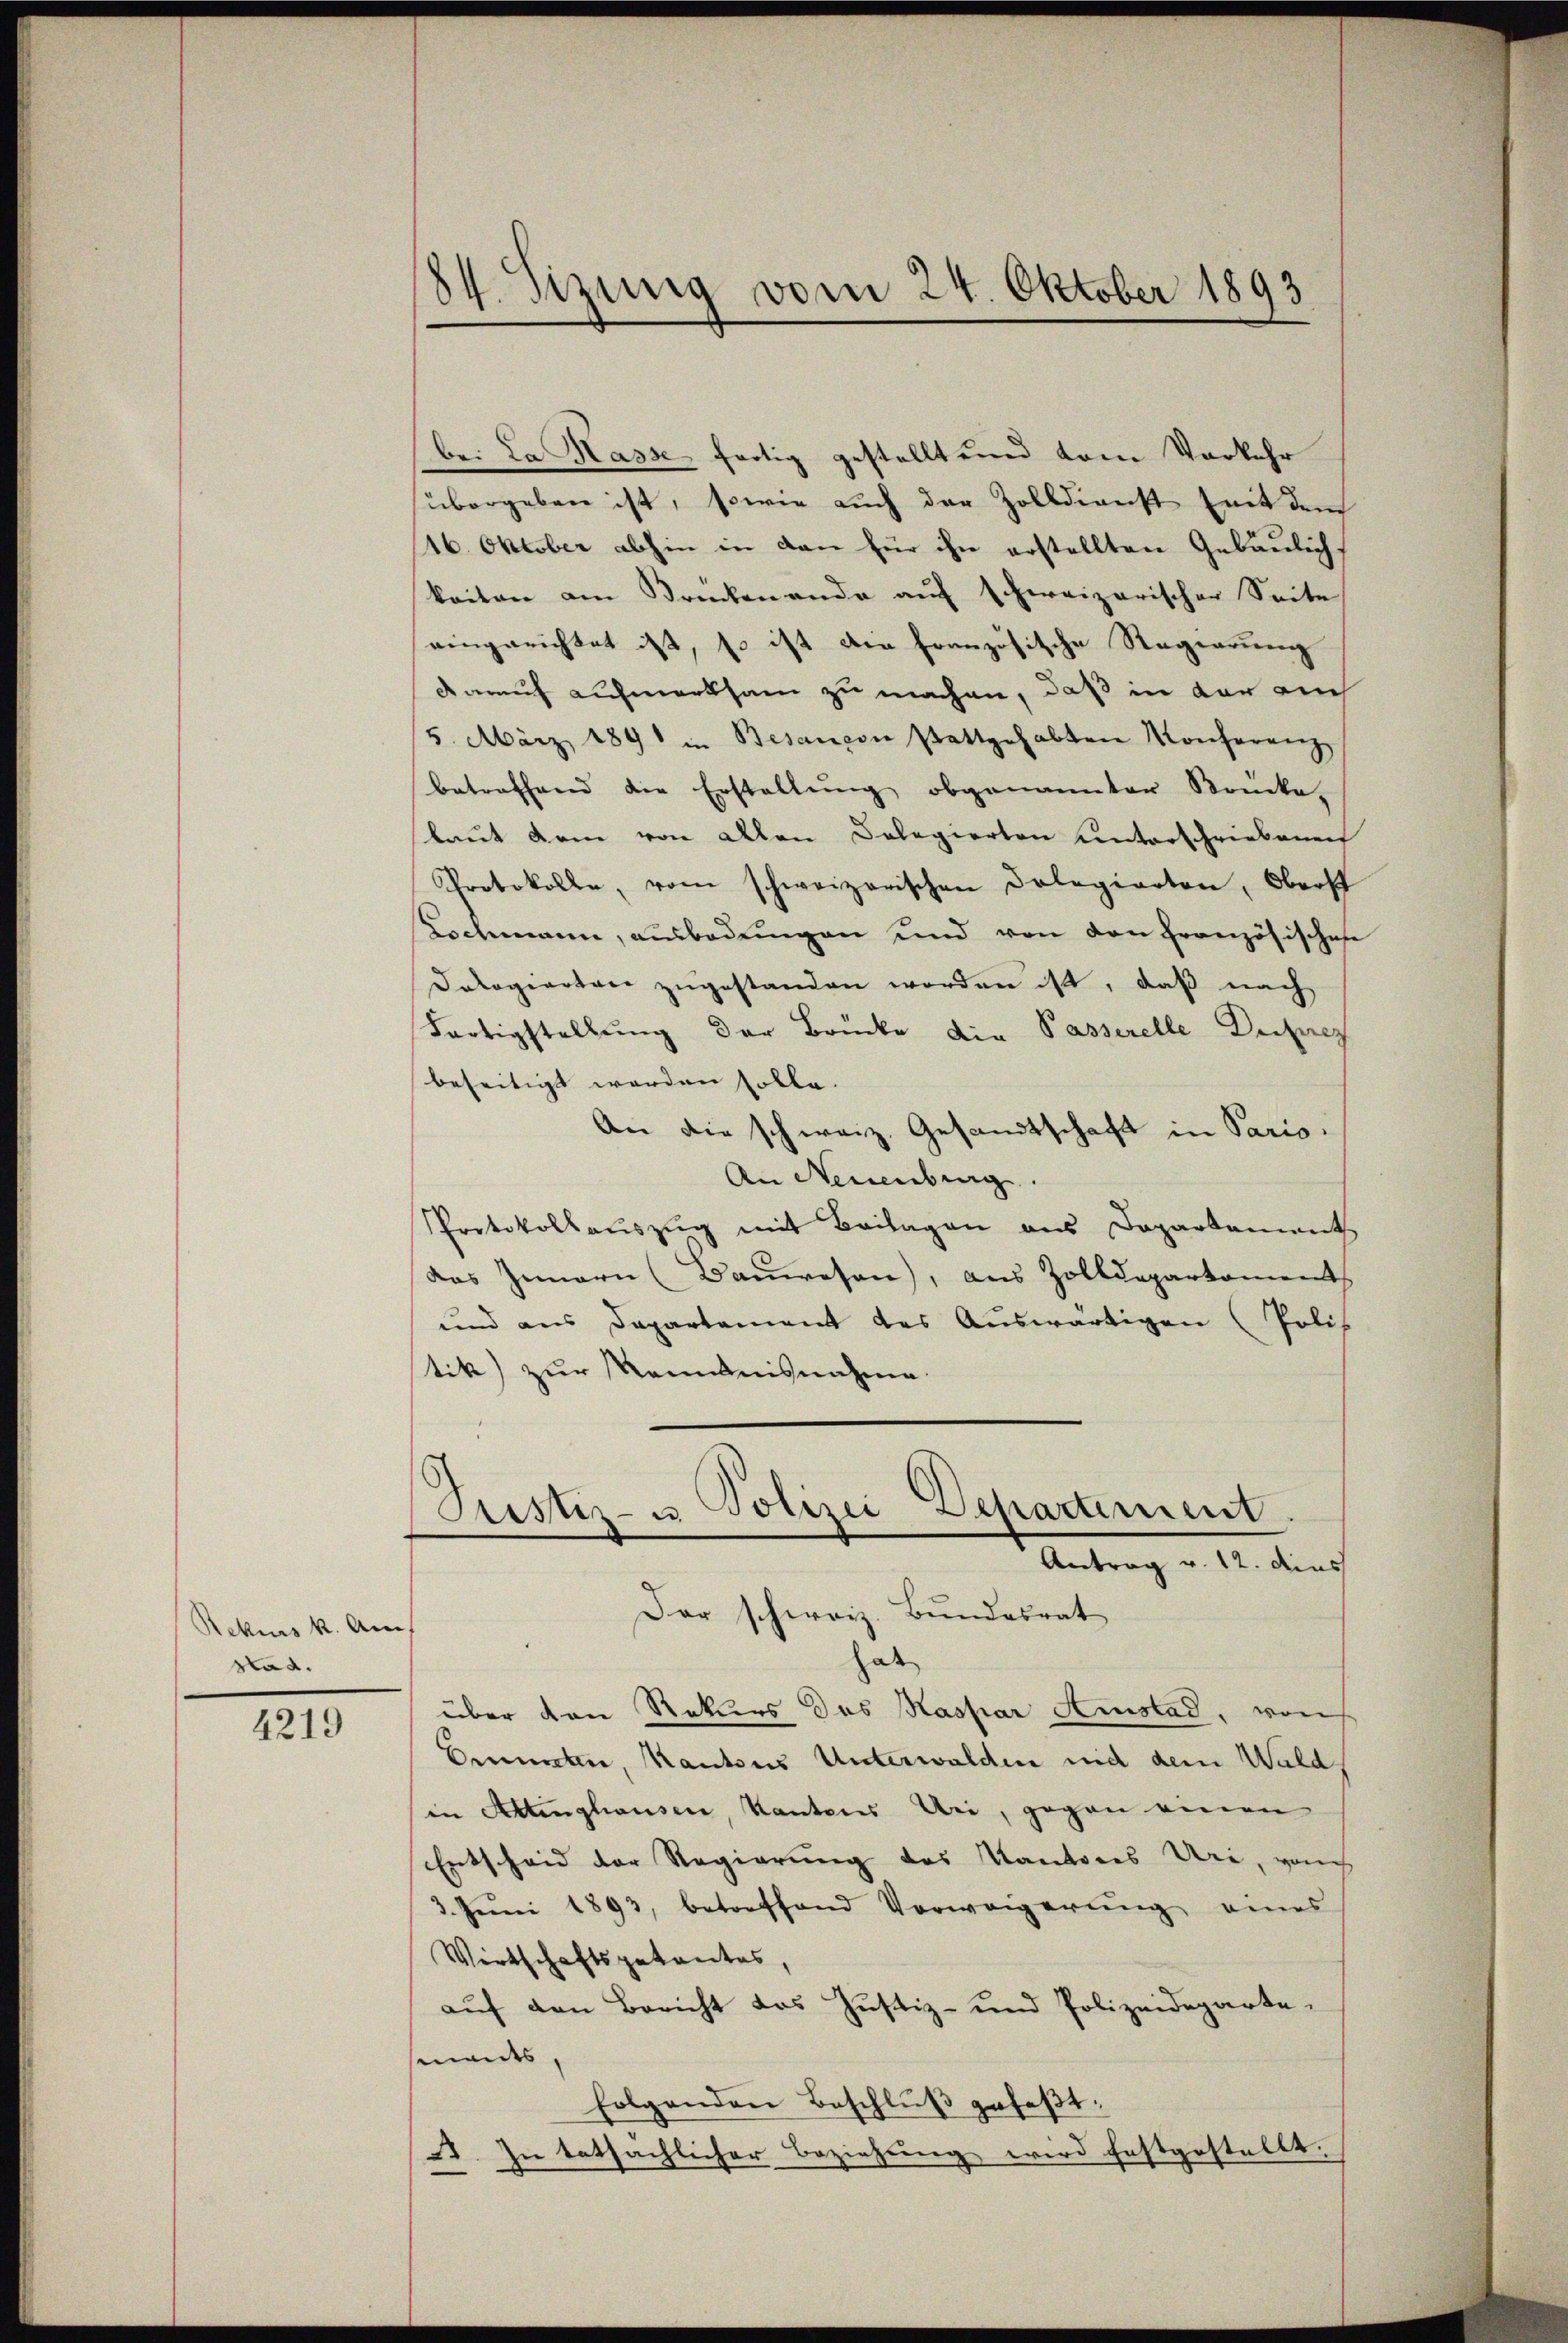
Rekurs k. Am
stad.

4219

84. Sitzung vom 24. Oktober 1893

be: Da Kasse fertig gestellt und vom Vorkehr
übergeben ist, sowie auch der Zolldienst mit dem
16. Oktober abhin in den für ihn erstellten Gebäulich,
kaiten am Brückenende aŭf schweizerischer Seite
eingerichtet ist, so ist die französische Regierung
darauf aufmerksam zu machen, daß in der auch
5. März 1891 in Besançon stattgehabten Konferenz
betreffend die Erstellŭng obgenannter Brücke,
laŭt dem von allen Colegierten unterschriebenen
Protokolle, vom schweizerischen Dolegierten, Oberst
Kockmann, ausbedungen und von den Französisches
Dologierten zugestanden worden ist, daß nach
Fortigstellung der Brücke die Passerelle Depres
beseitigt werden solle.
An die schweiz. Gesandtschaft in Paris
An Neuenburg.
Protokollauszug mit Beilagen aus Departement
das Innern (Baŭwesen), aus Zolldepartament
und aus Departement des Auswärtigen (Polis
tik) zur Kenntnisnahme.
Justiz- u Polizei Departement
Antrag v. 12. dies
Der schweiz. Bundesrat
hut
über den Rekurs des Kaspar Amstad, von
Emmeter, Kantons Unterwalden nid dem Waldin Attinghausen, Kantons Uri, gegen einen
Entscheid der Regierung des Kantones Uri, von
3. Juni 1893, betreffend Vorweigerung eines
Wirtschaftsgetantes,
aŭf den Bericht das Justiz- und Polizeideparte.
mants,
folgenden Beschluß gefaßt:
. In tatsächlicher Beziehung wird festgestellt.